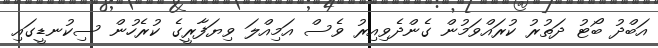
އަބްދު ބޯޓު ދަތުރު ކުރައްވަމުން ގެންދެވިއިރު ވެސް އަމިއްލަ ވިޔަފާރީގެ ކުރެހުން ސިކުނޑީގައި